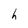
Character: h